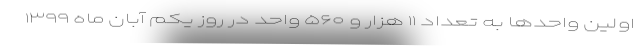
اولین واحدها به تعداد ۱۱ هزار و ۵۶۰ واحد در روز یکم آبان ماه ۱۳۹۹